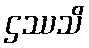
ဌဿသိ